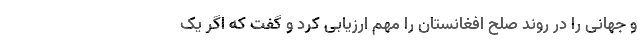
و جهانی را در روند صلح افغانستان را مهم ارزیابی کرد و گفت که اگر یک